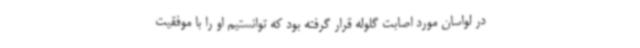
در لواسان مورد اصابت گلوله قرار گرفته بود که توانستیم او را با موفقیت